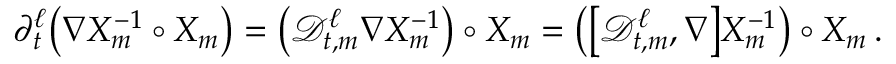
\begin{array} { r } { \partial _ { t } ^ { \ell } \bigl ( \nabla X _ { m } ^ { - 1 } \circ X _ { m } \bigr ) = \mathopen { } \mathclose \bgroup \left( \mathscr { D } _ { t , m } ^ { \ell } \nabla X _ { m } ^ { - 1 } \aftergroup \egroup \right) \circ X _ { m } = \mathopen { } \mathclose \bgroup \left( \bigl [ \mathscr { D } _ { t , m } ^ { \ell } , \nabla \bigr ] X _ { m } ^ { - 1 } \aftergroup \egroup \right) \circ X _ { m } \, . } \end{array}